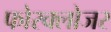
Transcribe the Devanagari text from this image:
फोरक्लोजर